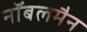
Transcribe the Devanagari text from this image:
नॉबलमैन